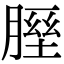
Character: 𦞥